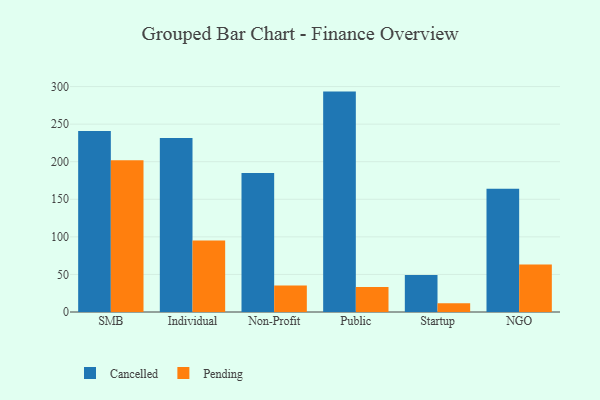
{"axis": {"x": "Segment", "y": "Population (Million)"}, "legend": ["Cancelled", "Pending"], "data": [{"x": "SMB", "y": 240.8, "type": "Cancelled"}, {"x": "SMB", "y": 201.9, "type": "Pending"}, {"x": "Individual", "y": 231.6, "type": "Cancelled"}, {"x": "Individual", "y": 95.1, "type": "Pending"}, {"x": "Non-Profit", "y": 185.0, "type": "Cancelled"}, {"x": "Non-Profit", "y": 35.1, "type": "Pending"}, {"x": "Public", "y": 293.3, "type": "Cancelled"}, {"x": "Public", "y": 33.4, "type": "Pending"}, {"x": "Startup", "y": 49.2, "type": "Cancelled"}, {"x": "Startup", "y": 11.8, "type": "Pending"}, {"x": "NGO", "y": 164.0, "type": "Cancelled"}, {"x": "NGO", "y": 63.1, "type": "Pending"}]}